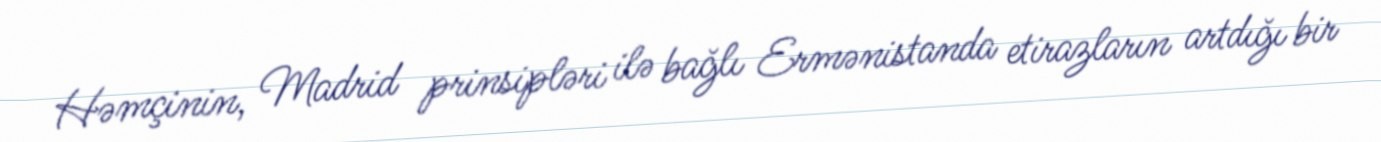
Həmçinin, Madrid prinsipləri ilə bağlı Ermənistanda etirazların artdığı bir